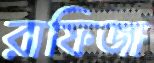
রাফিজা